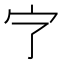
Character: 㝋